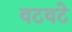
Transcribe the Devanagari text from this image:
वटवटे